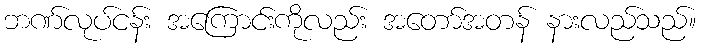
ဘဏ်လုပ်ငန်း အကြောင်းကိုလည်း အတော်အတန် နားလည်သည်။